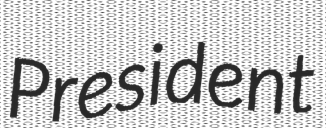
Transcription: President